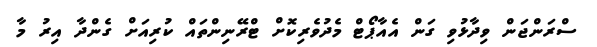
ސްރަންޖަން ވިދާޅުވި ގަން އެއާޕޯޓް މެދުވެރިކޮށް ޓްރޭނިންތައް ކުރިއަށް ގެންދާ އިރު މާ